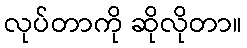
လုပ်တာကို ဆိုလိုတာ။